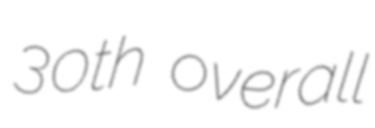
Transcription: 30th overall